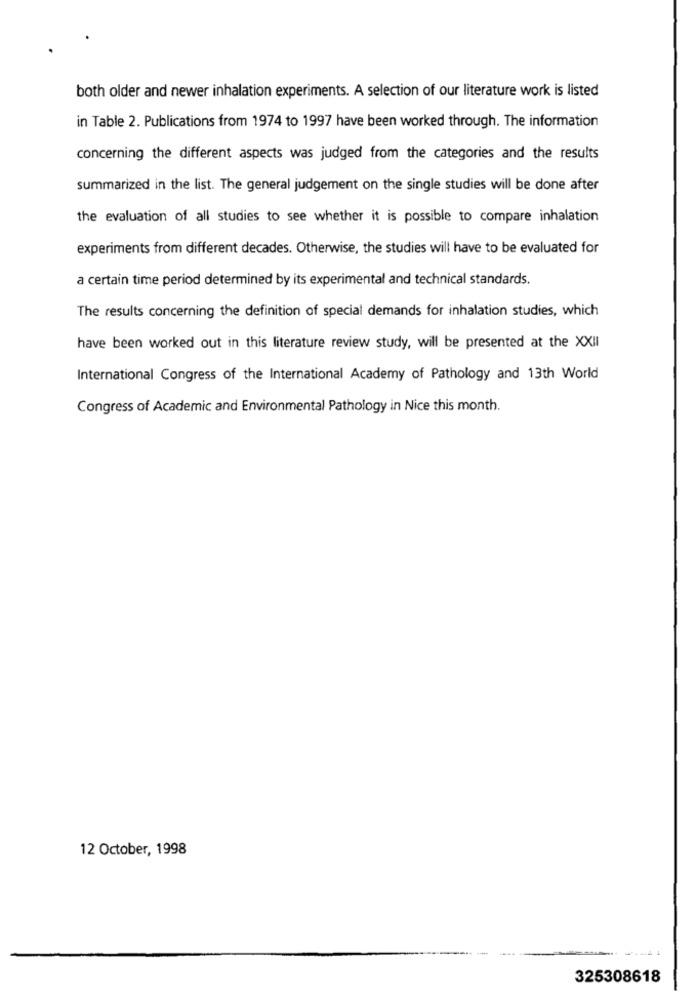
both older and newer inhalation experiments. A selection of our literature work is listed
in Table 2. Publications from 1974 to 1997 have been worked through. The information
concerning the different aspects was judged from the categories and the results
summarized in the list. The general judgement on the single studies will be done after
the evaluation of all studies to see whether it is possible to compare inhalation
experiments from different decades. Otherwise, the studies will have to be evaluated for
a certain time period determined by its experimental and technical standards.
The results concerning the definition of special demands for inhalation studies, which
have been worked out in this literature review study, will be presented at the XXII
International Congress of the International Academy of Pathology and 13th World
Congress of Academic and Environmental Pathology in Nice this month.
12 October, 1998
325308618